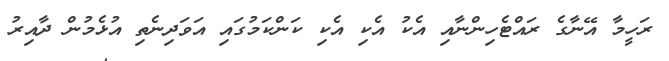
ރަހީމާ އޭނާގެ ރައްޓެހިންނާއި އެކު އެކި އެކި ކަންކަމުގައި އަވަދިނެތި އުޅެމުން ދާއިރު